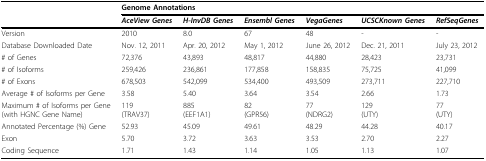
|  | <COLSPAN=6> Genome Annotations |
 |  | AceView Genes | H-InvDB Genes | Ensembl Genes | VegaGenes | UCSCKnown Genes | RefSeqGenes |
 | --- | --- | --- | --- | --- | --- | --- |
 | Version | 2010 | 8.0 | 67 | 48 | - | - |
 | Database Downloaded Date | Nov. 12, 2011 | Apr. 20, 2012 | May 1, 2012 | June 26, 2012 | Dec. 21, 2011 | July 23, 2012 |
 | # of Genes | 72,376 | 43,893 | 48,817 | 44,880 | 28,423 | 23,731 |
 | # of Isoforms | 259,426 | 236,861 | 177,858 | 158,835 | 75,725 | 41,099 |
 | # of Exons | 678,503 | 542,099 | 534,400 | 493,509 | 273,711 | 227,710 |
 | Average # of Isoforms per Gene | 3.58 | 5.40 | 3.64 | 3.54 | 2.66 | 1.73 |
 | Maximum # of Isoforms per Gene(with HGNC Gene Name) | 119(TRAV37) | 885(EEF1A1) | 82(GPR56) | 77(NDRG2) | 129(UTY) | 77(UTY) |
 | Annotated Percentage (%) Gene | 52.93 | 45.09 | 49.61 | 48.29 | 44.28 | 40.17 |
 | Exon | 5.70 | 3.72 | 3.63 | 3.53 | 2.70 | 2.27 |
 | Coding Sequence | 1.71 | 1.43 | 1.14 | 1.05 | 1.13 | 1.07 |